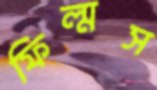
ফিল্মস